Specificity of antivenomous sera, with special reference to a serum prepared with the venom of Daboia russellii - Number 16
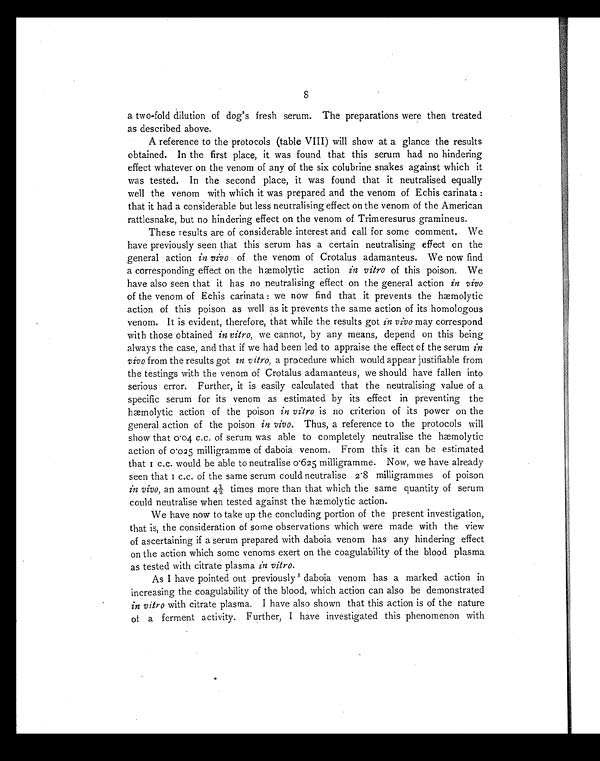
a two-fold dilution of dog's fresh serum. The preparations were then treated
8
as described above.
A reference to the protocols (table VIII) will show at a glance the results
obtained. In the first place, it was found that this serum had no hindering
effect whatever on the venom of any of the six colubrine snakes against which it
was tested. In the second place, it was found that it neutralised equally
well the venom with which it was prepared and the venom of Echis carinata :
that it had a considerable but less neutralising effect on the venom of the American
rattlesnake, but no hindering effect on the venom of Trimeresurus gramineus.
These results are of considerable interest and call for some comment. We
have previously seen that this serum has a certain neutralising effect on the
general action in vivo of the venom of Crotalus adamanteus. We now find
a corresponding effect on the hæmolytic action in vitro of this poison. We
have also seen that it has no neutralising effect on the general action in vivo
of the venom of Echis carinata : we now find that it prevents the hæmolytic
action of this poison as well as it prevents the same action of its homologous
venom. It is evident, therefore, that while the results got in vivo may correspond
with those obtained in vitro, we cannot, by any means, depend on this being
always the case, and that if we had been led to appraise the effect of the serum in
vivo from the results got in vitro, a procedure which would appear justifiable from
the testings with the venom of Crotalus adamanteus, we should have fallen into
serious error. Further, it is easily calculated that the neutralising value of a
specific serum for its venom as estimated by its effect in preventing the
hæmolytic action of the poison in vitro is no criterion of its power on the
general action of the poison in vivo. Thus, a reference to the protocols will
show that 0.04 c.c. of serum was able to completely neutralise the hæmolytic
action of 0.025 milligramme of daboia venom. From this it can be estimated
that 1 c.c. would be able to neutralise 0.625 milligramme. Now, we have already
seen that 1 c.c. of the same serum could neutralise 2.8 milligrammes of poison
in vivo, an amount 4½ times more than that which the same quantity of serum
could neutralise when tested against the hæmolytic action.
We have now to take up the concluding portion of the present investigation,
that is, the consideration of some observations which were made with the view
of ascertaining if a serum prepared with daboia venom has any hindering effect
on the action which some venoms exert on the coagulability of the blood plasma
as tested with citrate plasma in vitro.
As I have pointed out previously 8 daboia venom has a marked action in
increasing the coagulability of the blood, which action can also be demonstrated
in vitro with citrate plasma. I have also shown that this action is of the nature
of a ferment activity. Further, I have investigated this phenomenon with